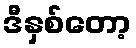
ဒီနှစ်တော့